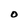
Character: O